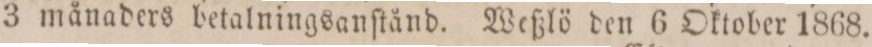
3 månaders betalningsanſtånd. Weßlö den 6 Oktober 1868.